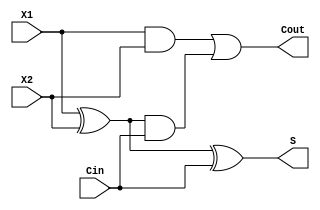
`timescale 1ns / 1ps
//////////////////////////////////////////////////////////////////////////////////
// Company: 
// Engineer: 
// 
// Design Name: 
// Module Name: adder
// Project Name: 
// Target Devices: 
// Tool Versions: 
// Description: 
// 
// Dependencies: 
// 
// Revision:
// Revision 0.01 - File Created
// Additional Comments:
// 
//////////////////////////////////////////////////////////////////////////////////


module fulladder(X1 ,X2,Cin, S, Cout );
    input X1, X2, Cin;
  output S, Cout;  
    wire a1, a2, a3;    
    xor u1(a1,X1,X2);
 and u2(a2,X1,X2);
 and u3(a3,a1,Cin);
 or u4(Cout,a2,a3);
    xor u5(S,a1,Cin);
endmodule
    

module halfadder(a,b,sum, carry);
    input a;
    input b;
    output carry;
    output sum;
    
    xor(sum,a,b);
    and(carry,a,b);
    
endmodule

module adder(
 
  input [47:0] A,
  input [47:0] B,
  output [47:0] SUM
  
  
  );
  
  wire cin0,cin1,cin2,cin3,cin4,cin5,cin6,cin7,cin8,cin9,cin10,cin11,cin12,cin13,cin14,cin15;
  wire cin16,cin17,cin18,cin19,cin20,cin21,cin22,cin23,cin24,cin25,cin26,cin27,cin28,cin29,cin30;
  wire cin31,cin32,cin33,cin34,cin35,cin36,cin37,cin38,cin39,cin40,cin41,cin42,cin43,cin44,cin45,cin46,cin47,cin;
  
  assign cin0=1'b0;
  
  fulladder f1 (A[0], B[0], cin0, SUM[0], cin1);
  fulladder f2 (A[1], B[1], cin1, SUM[1], cin2);
  fulladder f3 (A[2], B[2], cin2, SUM[2], cin3); 
  fulladder f4 (A[3], B[3], cin3, SUM[3], cin4); 
  fulladder f5 (A[4], B[4], cin4, SUM[4], cin5); 
  fulladder f6 (A[5], B[5], cin5, SUM[5], cin6); 
  fulladder f7 (A[6], B[6], cin6, SUM[6], cin7);
  fulladder f8 (A[7], B[7], cin7, SUM[7], cin8); 
  fulladder f9 (A[8], B[8], cin8, SUM[8], cin9);
  fulladder f10 (A[9], B[9], cin9, SUM[9], cin10);
  fulladder f11 (A[10], B[10], cin10, SUM[10], cin11);
  fulladder f12 (A[11], B[11], cin11, SUM[11], cin12);
  fulladder f13 (A[12], B[12], cin12, SUM[12], cin13);
  fulladder f14 (A[13], B[13], cin13, SUM[13], cin14);
  fulladder f15 (A[14], B[14], cin14, SUM[14], cin15);
  fulladder f16 (A[15], B[15], cin15, SUM[15], cin16);
  fulladder f17 (A[16], B[16], cin16, SUM[16], cin17);
  fulladder f18 (A[17], B[17], cin17, SUM[17], cin18);
  fulladder f19 (A[18], B[18], cin18, SUM[18], cin19);
  fulladder f20 (A[19], B[19], cin19, SUM[19], cin20);
  fulladder f21 (A[20], B[20], cin20, SUM[20], cin21);
  fulladder f22 (A[21], B[21], cin21, SUM[21], cin22);
  fulladder f23 (A[22], B[22], cin22, SUM[22], cin23);
  fulladder f24 (A[23], B[23], cin23, SUM[23], cin24);
  fulladder f25 (A[24], B[24], cin24, SUM[24], cin25);
  fulladder f26 (A[25], B[25], cin25, SUM[25], cin26);
  fulladder f27 (A[26], B[26], cin26, SUM[26], cin27);
  fulladder f28 (A[27], B[27], cin27, SUM[27], cin28);
  fulladder f29 (A[28], B[28], cin28, SUM[28], cin29);
  fulladder f30 (A[29], B[29], cin29, SUM[29], cin30);
  fulladder f31 (A[30], B[30], cin30, SUM[30], cin31);
  fulladder f32 (A[31], B[31], cin31, SUM[31], cin32);
  fulladder f33 (A[32], B[32], cin32, SUM[32], cin33);
  fulladder f34 (A[33], B[33], cin33, SUM[33], cin34);
  fulladder f35 (A[34], B[34], cin34, SUM[34], cin35);
  fulladder f36 (A[35], B[35], cin35, SUM[35], cin36);
  fulladder f37 (A[36], B[36], cin36, SUM[36], cin37);
  fulladder f38 (A[37], B[37], cin37, SUM[37], cin38);
  fulladder f39 (A[38], B[38], cin38, SUM[38], cin39);
  fulladder f40 (A[39], B[39], cin39, SUM[39], cin40);
  fulladder f41 (A[40], B[40], cin40, SUM[40], cin41);
  fulladder f42 (A[41], B[41], cin41, SUM[41], cin42);
  fulladder f43 (A[42], B[42], cin42, SUM[42], cin43);
  fulladder f44 (A[43], B[43], cin43, SUM[43], cin44);
  fulladder f45 (A[44], B[44], cin44, SUM[44], cin45);
  fulladder f46 (A[45], B[45], cin45, SUM[45], cin46);
  fulladder f47 (A[46], B[46], cin46, SUM[46], cin47);
  fulladder f48 (A[47], B[47], cin47, SUM[47], cin);
  
  
  endmodule